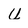
Character: u